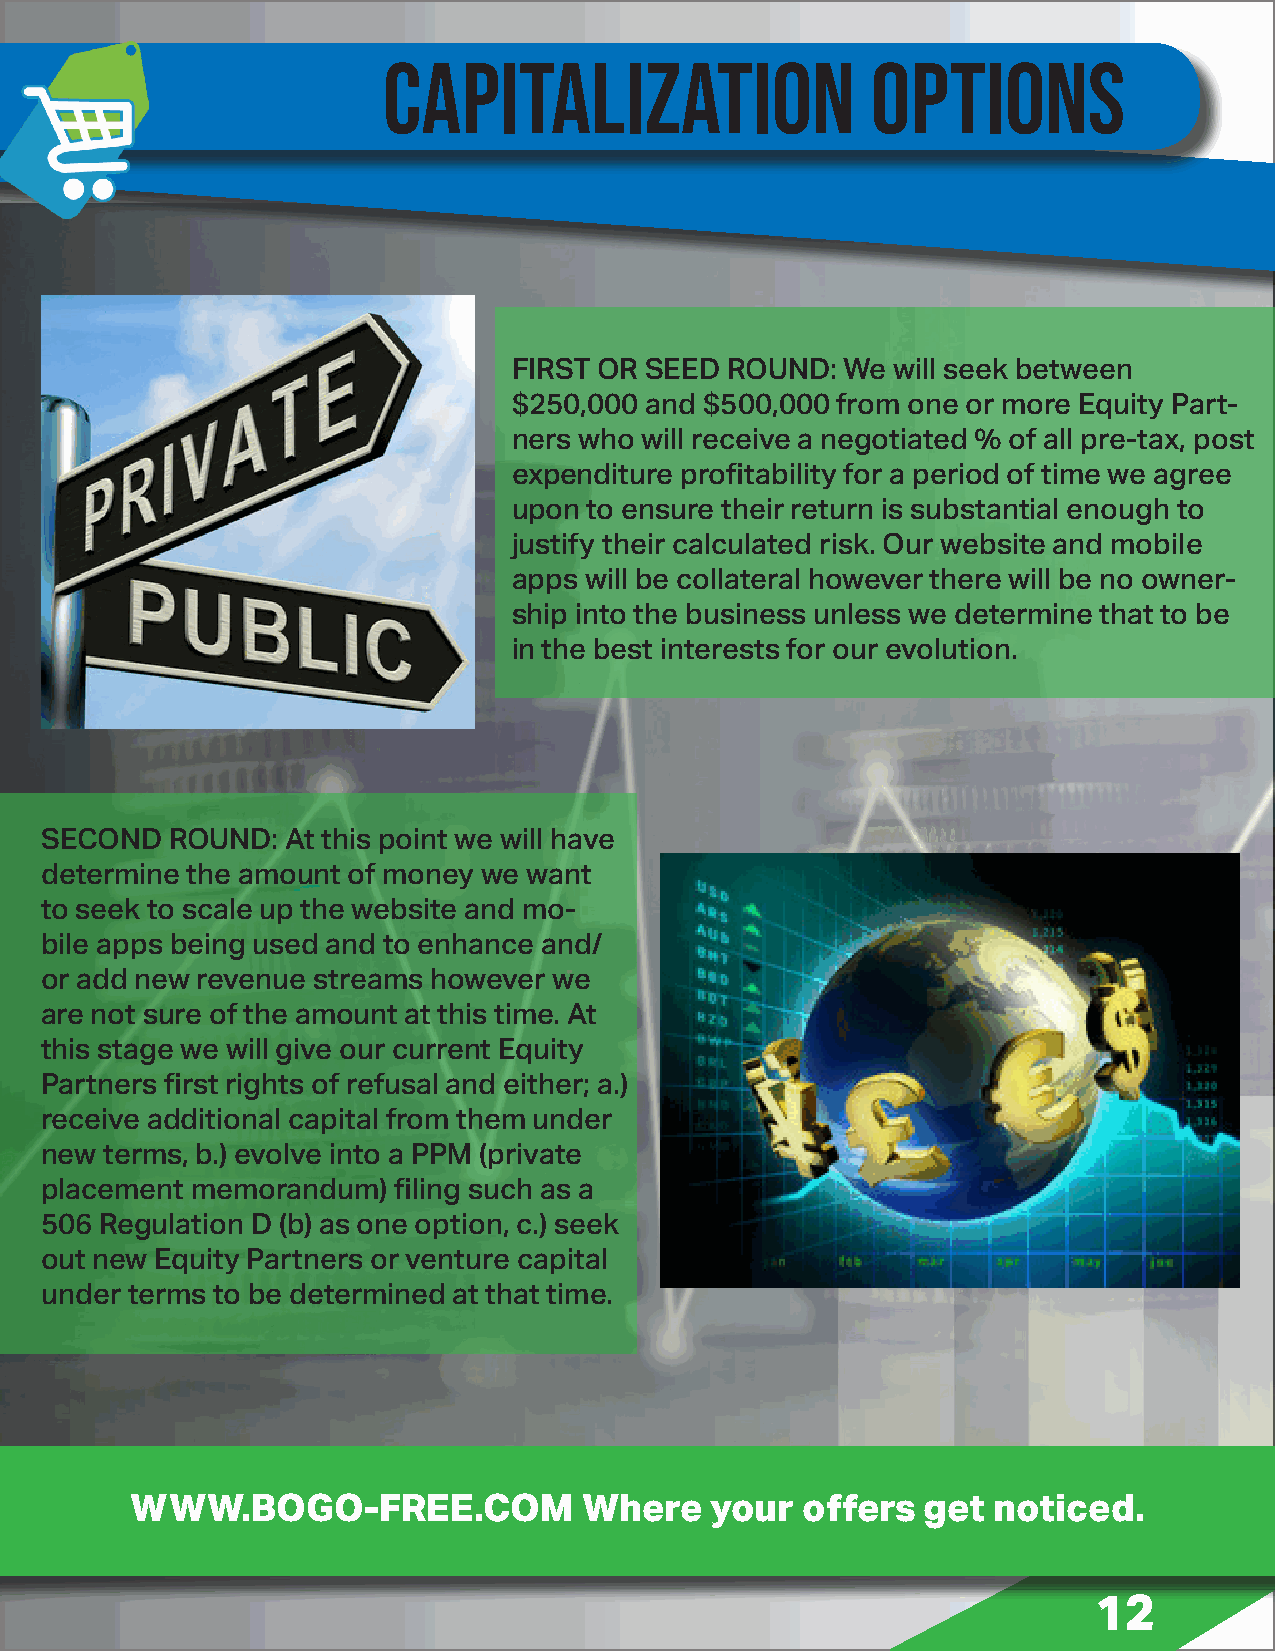
CAPITALIZATION                   OPTIONS
 FIRST OR SEED ROUND:  We will seek between
 $250,000 and $500,000 from one or more Equity Part-
 ners who will receive a negotiated % of all pre-tax, post
 expenditure profitability for a period of time we agree
 upon to ensure their return is substantial enough to
 justify their calculated risk. Our website and mobile
 apps will be collateral however there will be no owner-
 ship into the business unless we determine that to be
 in the best interests for our evolution.
 SECOND  ROUND:  At this point we will have
 determine the amount of money we want
 to seek to scale up the website and mo-
 bile apps being used and to enhance and/
 or add new revenue streams however we
 are not sure of the amount at this time. At
 this stage we will give our current Equity
 Partners first rights of refusal and either; a.)
 receive additional capital from them under
 new terms, b.) evolve into a PPM (private
 placement memorandum)  filing such as a
 506 Regulation D (b) as one option, c.) seek
 out new Equity Partners or venture capital
 under terms to be determined at that time.
 WWW.BOGO-FREE.COM             Where   your  offers  get  noticed.
 12